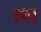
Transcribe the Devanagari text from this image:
त्‍वा